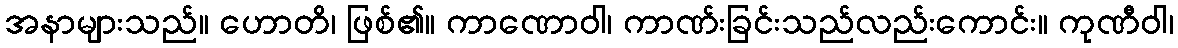
အနာများသည်။ ဟောတိ၊ ဖြစ်၏။ ကာဏောဝါ၊ ကာဏ်းခြင်းသည်လည်းကောင်း။ ကုဏီဝါ၊